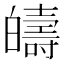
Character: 㿧